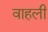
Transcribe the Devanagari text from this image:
वाहली